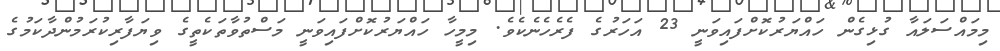
މިމައްސަލައާ ގުޅިގެން ހައްޔަރުކޮށްފައިވަނީ 23 އަހަރުގެ ފެރެހެނެކެވެ. މިމީހާ ހައްޔަރުކޮށްފައިވަނީ މަސްތުވާތަކެތީގެ ވިޔަފާރިކުރަމުންދާކަމުގެ